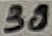
Text: 30